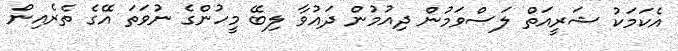
އެކަމަކު ޝަރީއަތް ލަސްވަމުން ދިއުމުން ދައުވާ ލިބޭ މީހުންގެ ނުވަތަ އޭގެ ތެރެއިން